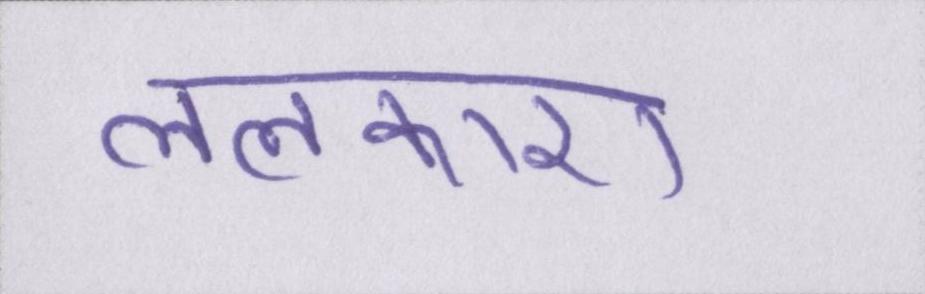
ललकारा